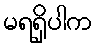
မရရှိပါက